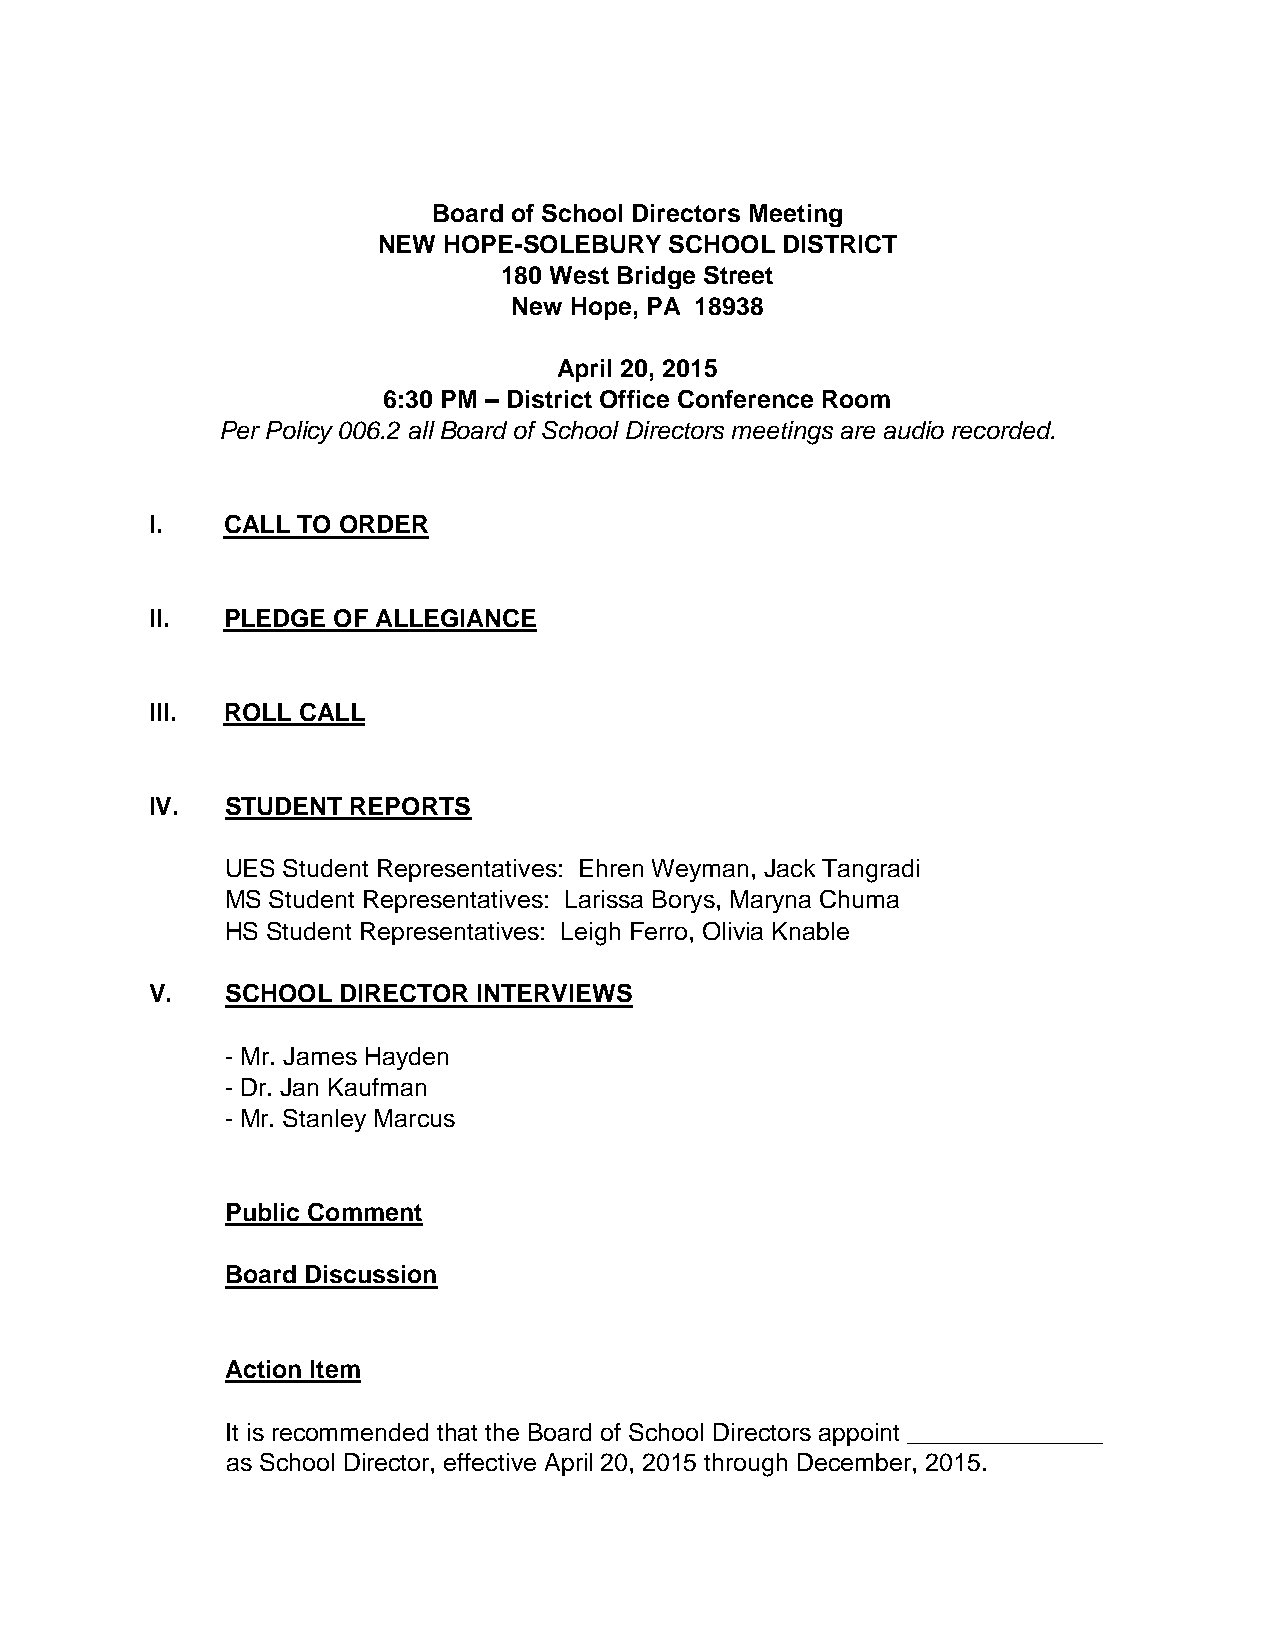
Board of School Directors Meeting
 NEW HOPE-SOLEBURY  SCHOOL  DISTRICT
 180 West Bridge Street
 New Hope, PA 18938
 April 20, 2015
 6:30 PM – District Office Conference Room
 Per Policy 006.2 all Board of School Directors meetings are audio recorded.
 I.   CALL TO ORDER
 II.  PLEDGE OF ALLEGIANCE
 III. ROLL CALL
 IV.  STUDENT REPORTS
 UES Student Representatives: Ehren Weyman, Jack Tangradi
 MS Student Representatives: Larissa Borys, Maryna Chuma
 HS Student Representatives: Leigh Ferro, Olivia Knable
 V.   SCHOOL DIRECTOR  INTERVIEWS
 - Mr. James Hayden
 - Dr. Jan Kaufman
 - Mr. Stanley Marcus
 Public Comment
 Board Discussion
 Action Item
 It is recommended that the Board of School Directors appoint ______________
 as School Director, effective April 20, 2015 through December, 2015.